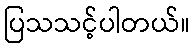
ပြသသင့်ပါတယ်။